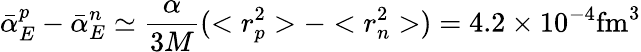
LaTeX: \bar{\alpha}_{E}^{p}-\bar{\alpha}_{E}^{n}\simeq{\frac{\alpha}{3M}}(<r_{p}^{2}>-<r_{n}^{2}>)=4.2\times 10^{-4}\mathrm{fm}^{3}